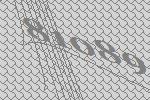
81089